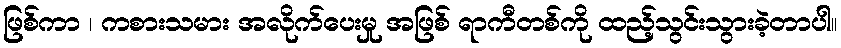
ဖြစ်ကာ ၊ ကစားသမား အလိုက်ပေးမှု အဖြစ် ရာကီတစ်ကို ထည့်သွင်းသွားခဲ့တာပါ။